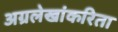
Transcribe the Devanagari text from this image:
अग्रलेखांकरिता